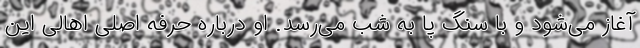
آغاز می‌شود و با سنگ‌ پا به شب می‌رسد. او درباره حرفه اصلی اهالی این